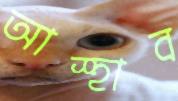
আস্হাব